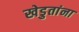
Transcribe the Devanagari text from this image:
खेडुतांना